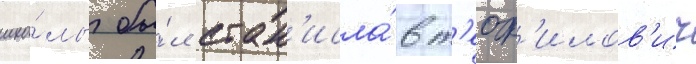
шко́лы бы́л стан'исла́в т'еоф'илов'ич